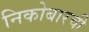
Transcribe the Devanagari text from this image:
निकोबारची